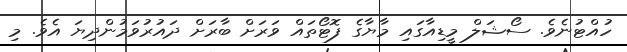
ހުއްޓުނެވެ. ސޯޝަލް މީޑިއާގައި މާޔާގެ ފޮޓޯތައް ވަރަށް ބާރަށް ދައުރުވަމުންދިޔަ އެވެ. މި